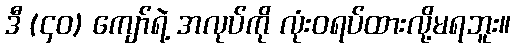
ဒီ (၄၀) ကျော်ရဲ့ အလုပ်ကို လုံးဝရပ်ထားလို့မရဘူး။